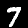
Digit: 7